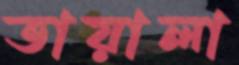
তায়ালা